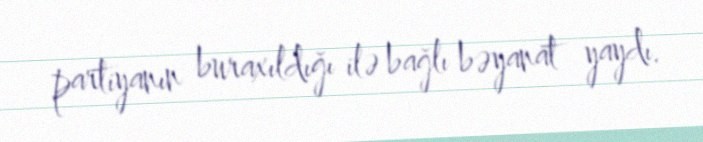
partiyanın buraxıldığı ilə bağlı bəyanat yaydı.